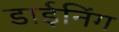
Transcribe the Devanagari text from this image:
डाईनिंग